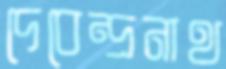
দেবেন্দ্রনাথ